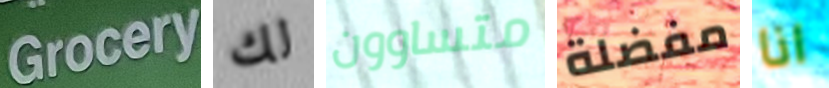
Grocery لك متساوون مفضلة انا